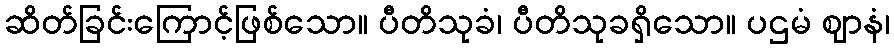
ဆိတ်ခြင်းကြောင့်ဖြစ်သော။ ပီတိသုခံ၊ ပီတိသုခရှိသော။ ပဌမံ ဈာနံ၊